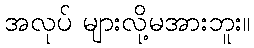
အလုပ် များလို့မအားဘူး။